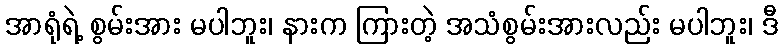
အာရုံရဲ့ စွမ်းအား မပါဘူး၊ နားက ကြားတဲ့ အသံစွမ်းအားလည်း မပါဘူး၊ ဒီ